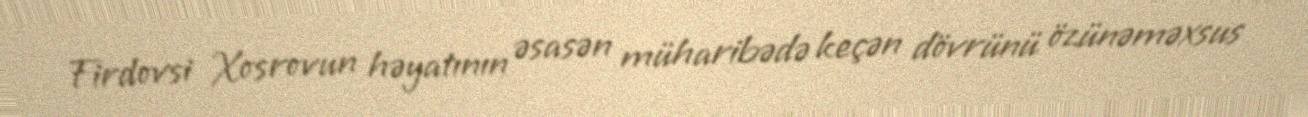
Firdovsi Xosrovun həyatının əsasən müharibədə keçən dövrünü özünəməxsus